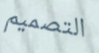
التصميم